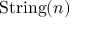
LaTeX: { \mathrm { S t r i n g } } ( n )